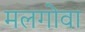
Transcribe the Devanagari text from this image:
मलगोवा